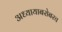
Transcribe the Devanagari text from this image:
अध्यायाबरोबरच